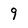
Character: 9